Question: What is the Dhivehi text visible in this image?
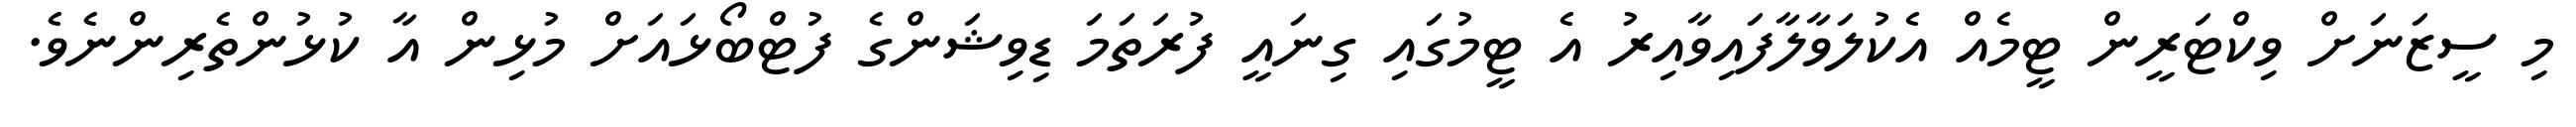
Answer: މި ސީޒަނަށް ވިކްޓަރީން ޓީމެއް އެކުލަވާލާފައިވާއިރު އެ ޓީމުގައި ގިނައީ ފުރަތަމަ ޑިވިޝަންގެ ފުޓްބޯޅައަށް މުޅިން އާ ކުޅުންތެރިންނެވެ.